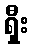
ရှီး